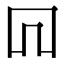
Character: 𠕄